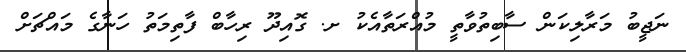
ނަޖީބު މަރާލިކަން ސާބިތުވާތީ މުއްރަތާއެކު ށ. ގޮއިދޫ ރިހާބް ފާތިމަތު ހަނާގެ މައްޗަށް